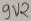
Text: 9V2